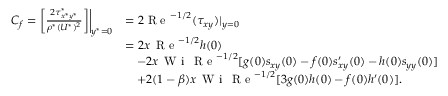
\begin{array} { r l } { C _ { f } = \biggl [ \frac { 2 \tau _ { x ^ { * } y ^ { * } } ^ { * } } { \rho ^ { * } ( U ^ { * } ) ^ { 2 } } \biggr ] \biggl | _ { y ^ { * } = 0 } } & { = 2 \textrm { R e } ^ { - 1 / 2 } ( \tau _ { x y } ) | _ { y = 0 } } \\ & { = 2 x \, \textrm { R e } ^ { - 1 / 2 } h ( 0 ) } \\ & { \quad - 2 x \, \textrm { W i } \, \textrm { R e } ^ { - 1 / 2 } [ g ( 0 ) s _ { x y } ( 0 ) - f ( 0 ) s _ { x y } ^ { \prime } ( 0 ) - h ( 0 ) s _ { y y } ( 0 ) ] } \\ & { \quad + 2 ( 1 - \beta ) x \, \textrm { W i } \, \textrm { R e } ^ { - 1 / 2 } [ 3 g ( 0 ) h ( 0 ) - f ( 0 ) h ^ { \prime } ( 0 ) ] . } \end{array}